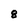
Character: 8